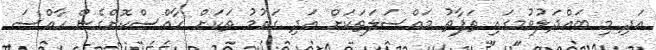
އަދި މި ބައްދަލުވުމގައި ތަފާތު މައްސަލަތަކަށް އަދި ގައުމު ތަކަށް ހާއްސްކޮށްގެން ހާއްސަ